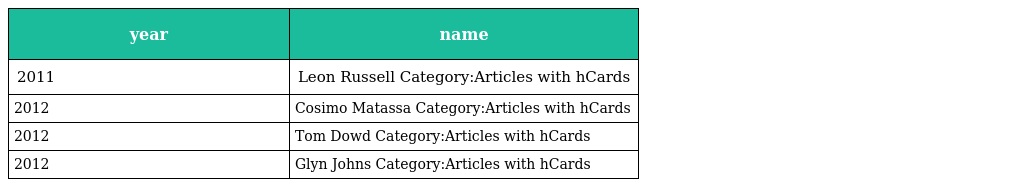
| year | name |
 | --- | --- |
 | 2011 | Leon Russell Category:Articles with hCards |
 | 2012 | Cosimo Matassa Category:Articles with hCards |
 | 2012 | Tom Dowd Category:Articles with hCards |
 | 2012 | Glyn Johns Category:Articles with hCards |